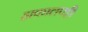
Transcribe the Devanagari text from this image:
हाकालपट्टी